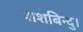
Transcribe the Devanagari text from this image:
शशबिन्दु।